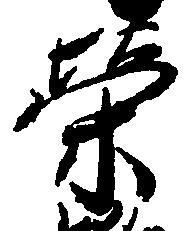
栄